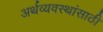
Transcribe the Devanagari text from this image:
अर्थव्यवस्थांसाठी